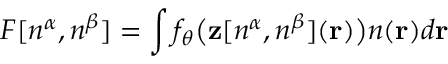
F [ n ^ { \alpha } , n ^ { \beta } ] = \int f _ { \boldsymbol \theta } \big ( \mathbf z [ n ^ { \alpha } , n ^ { \beta } ] ( \mathbf r ) \big ) n ( \mathbf r ) d \mathbf r